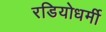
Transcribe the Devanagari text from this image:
रडियोधर्मी